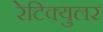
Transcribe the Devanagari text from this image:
रेटिक्युलर